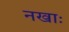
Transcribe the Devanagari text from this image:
नखाः